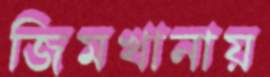
জিমখানায়